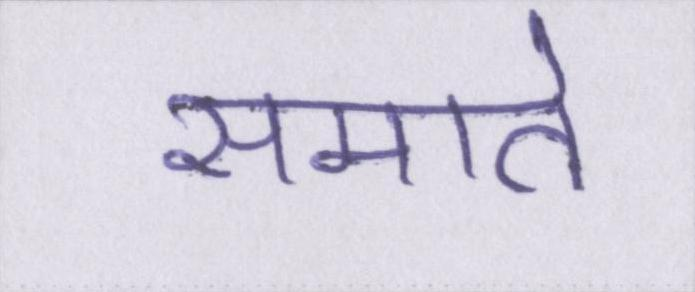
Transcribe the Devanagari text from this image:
समाते